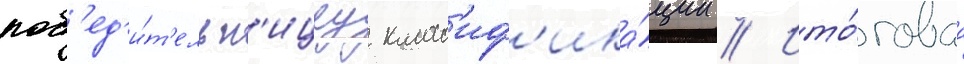
поб'ед'и́т'ельн'ицеу класс'иф'ика́ции // Ито́говаа